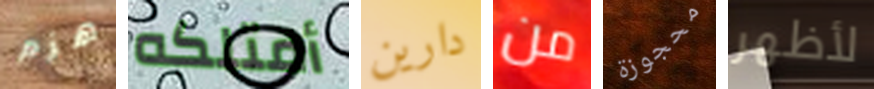
هزم أمتلكه دارين من محجوزة لأظهر